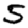
Digit: 5